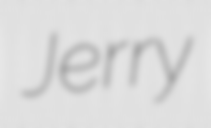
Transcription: Jerry